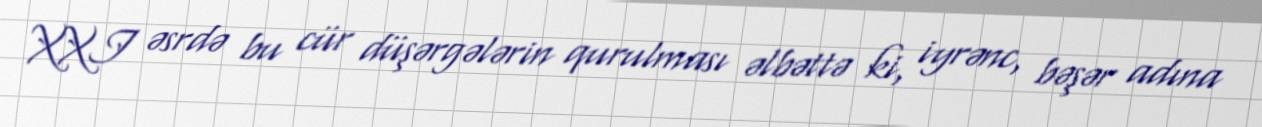
XXI əsrdə bu cür düşərgələrin qurulması əlbəttə ki, iyrənc, bəşər adına